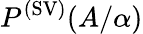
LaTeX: P^{(\mathrm{SV})}(A/\alpha)